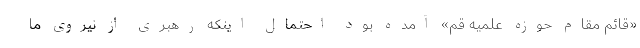
«قائم مقام حوزه علمیه قم» آمده بود احتمال اینکه رهبری از نیروی ما